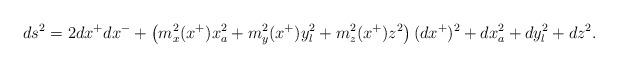
LaTeX: \begin{align*}ds^2=2dx^{+}dx^{-}+\left(m^{2}_{x}(x^{+}) x_{a}^{2}+m_{y}^{2} (x^{+}) y_{l}^2+m_{z}^2(x^{+})z^2\right)(dx^{+})^2+ dx_{a}^{2}+ dy_{l}^{2}+ dz^2.\end{align*}